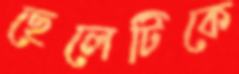
ছেলেটিকে